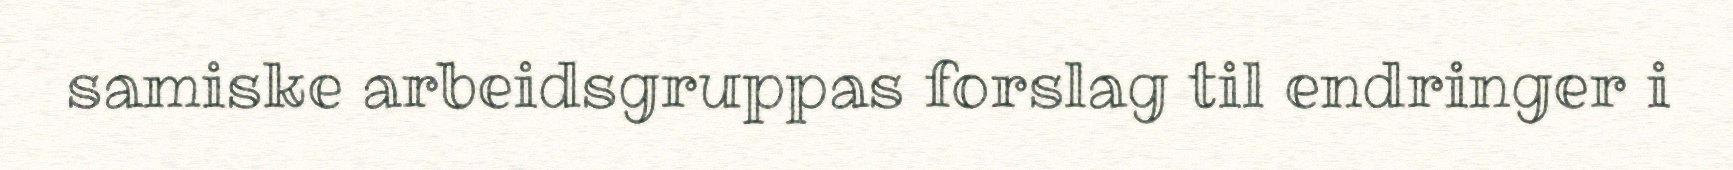
samiske arbeidsgruppas forslag til endringer i